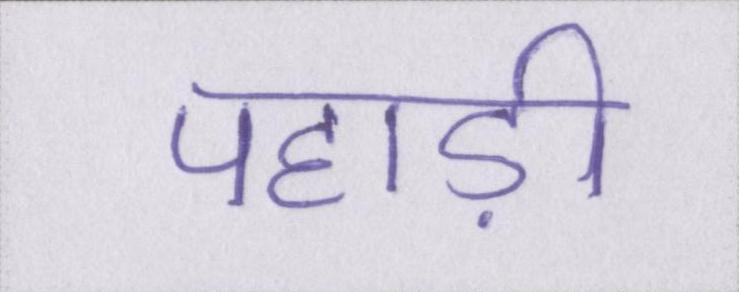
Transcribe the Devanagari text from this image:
पहाड़ी